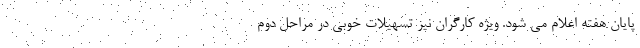
پایان هفته اعلام می شود. ویژه کارگران نیز تسهیلات خوبی در مراحل دوم